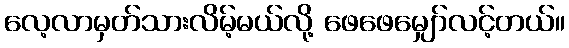
လေ့လာမှတ်သားလိမ့်မယ်လို့ ဖေဖေမျှော်လင့်တယ်။